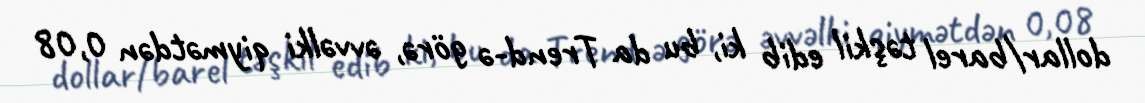
dollar/barel təşkil edib ki, bu da Trend-ə görə, əvvəlki qiymətdən 0,08